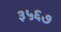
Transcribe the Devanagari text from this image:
३५६७